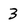
Character: 3